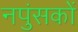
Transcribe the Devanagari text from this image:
नपुंसकों